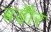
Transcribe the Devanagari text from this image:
बड़ेौर